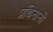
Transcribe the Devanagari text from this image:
प्रथिनानी